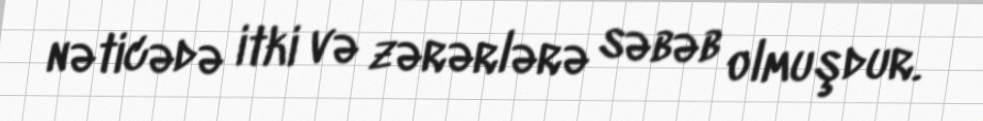
nəticədə itki və zərərlərə səbəb olmuşdur.